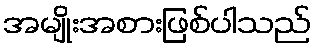
အမျိုးအစားဖြစ်ပါသည်